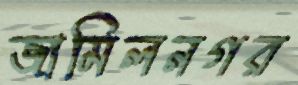
জামিলনগর